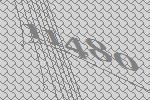
11480